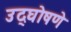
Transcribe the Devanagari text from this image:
उद्घोषणे